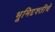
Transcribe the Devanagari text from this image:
भूमिदृश्तीचे